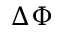
\Delta \Phi